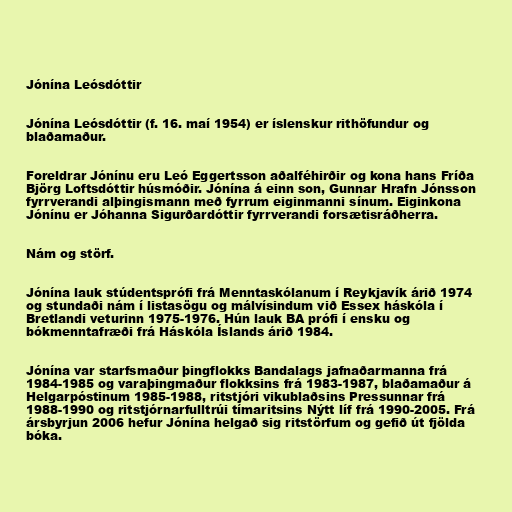
Jónína Leósdóttir

Jónína Leósdóttir (f. 16. maí 1954) er íslenskur rithöfundur og
blaðamaður.

Foreldrar Jónínu eru Leó Eggertsson aðalféhirðir og kona hans Fríða
Björg Loftsdóttir húsmóðir. Jónína á einn son, Gunnar Hrafn Jónsson
fyrrverandi alþingismann með fyrrum eiginmanni sínum. Eiginkona
Jónínu er Jóhanna Sigurðardóttir fyrrverandi forsætisráðherra.

Nám og störf.

Jónína lauk stúdentsprófi frá Menntaskólanum í Reykjavík árið 1974
og stundaði nám í listasögu og málvísindum við Essex háskóla í
Bretlandi veturinn 1975-1976. Hún lauk BA prófi í ensku og
bókmenntafræði frá Háskóla Íslands árið 1984.

Jónína var starfsmaður þingflokks Bandalags jafnaðarmanna frá
1984-1985 og varaþingmaður flokksins frá 1983-1987, blaðamaður á
Helgarpóstinum 1985-1988, ritstjóri vikublaðsins Pressunnar frá
1988-1990 og ritstjórnarfulltrúi tímaritsins Nýtt líf frá 1990-2005. Frá
ársbyrjun 2006 hefur Jónína helgað sig ritstörfum og gefið út fjölda
bóka.